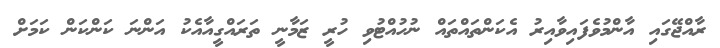
ރާއްޖޭގައި އާންމުވެފައިވާއިރު އެކަންތައްތައް ނުހުއްޓުވި ހުރީ ޒަމާނީ ތަރައްގީއާއެކު އަންނަ ކަންކަން ކަމަށް